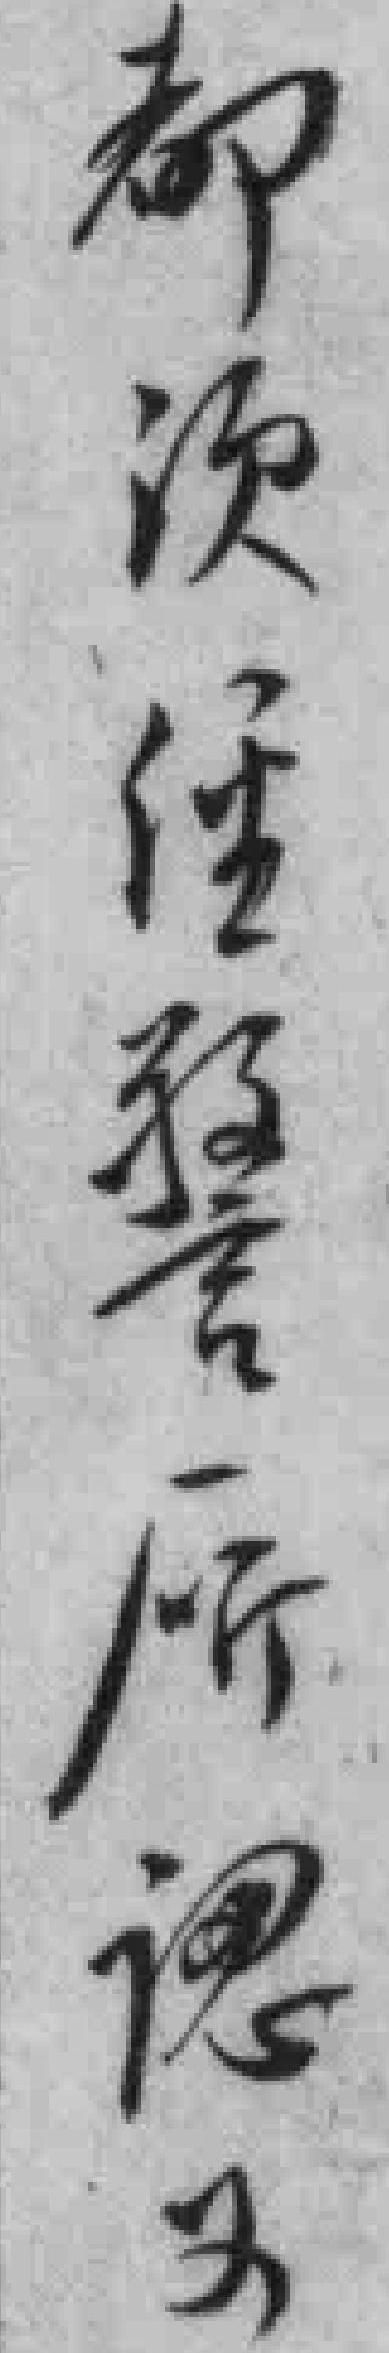
都须經警廰認*